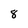
Character: 8